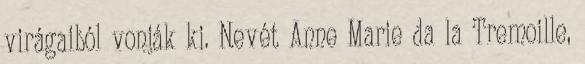
virágaiból vonják ki. Nevét Anne Marie da la Tremoille,